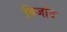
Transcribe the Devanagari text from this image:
बिर्जांद